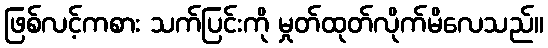
ဖြစ်လင့်ကစား သက်ပြင်းကို မှုတ်ထုတ်လိုက်မိလေသည်။